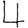
Digit: 4